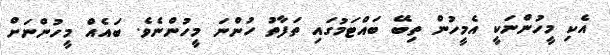
އެކި މީހުންނަކީ އެމީހުން ތިބޭ ބައްޓަމުގައި ތަފާތު ހުންނަ މީހުންނެވެ. ބައެއް މީހުންނަށް